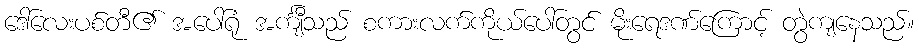
ဒေါ်လေးပစ်တီ၏ အပေါ်ရုံ အင်္ကျီသည် စကားလက်ကိုယ်ပေါ်တွင် မိုးရေဒဏ်ကြောင့် တွဲကျနေသည်။